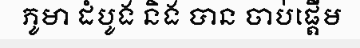
ភូមា ដំបូង និង បាន ចាប់ផ្តើម